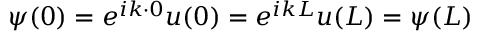
\psi ( 0 ) = e ^ { i k \cdot 0 } u ( 0 ) = e ^ { i k L } u ( L ) = \psi ( L )